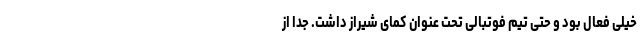
خیلی فعال بود و حتی تیم فوتبالی تحت عنوان کمای شیراز داشت. جدا از